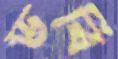
ডবি